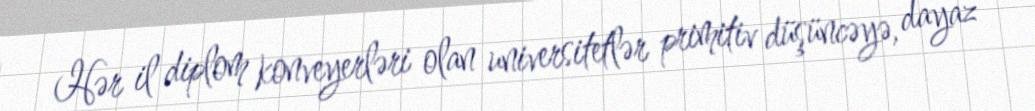
Hər il diplom konveyerləri olan universitetlər primitiv düşüncəyə, dayaz